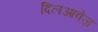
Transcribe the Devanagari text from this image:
दिलआवेज़